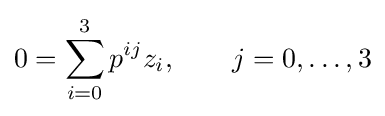
0=\sum _{i=0}^{3}p^{ij}z_{i},\qquad j=0,\ldots ,3